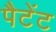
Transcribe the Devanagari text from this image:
पैटेंट